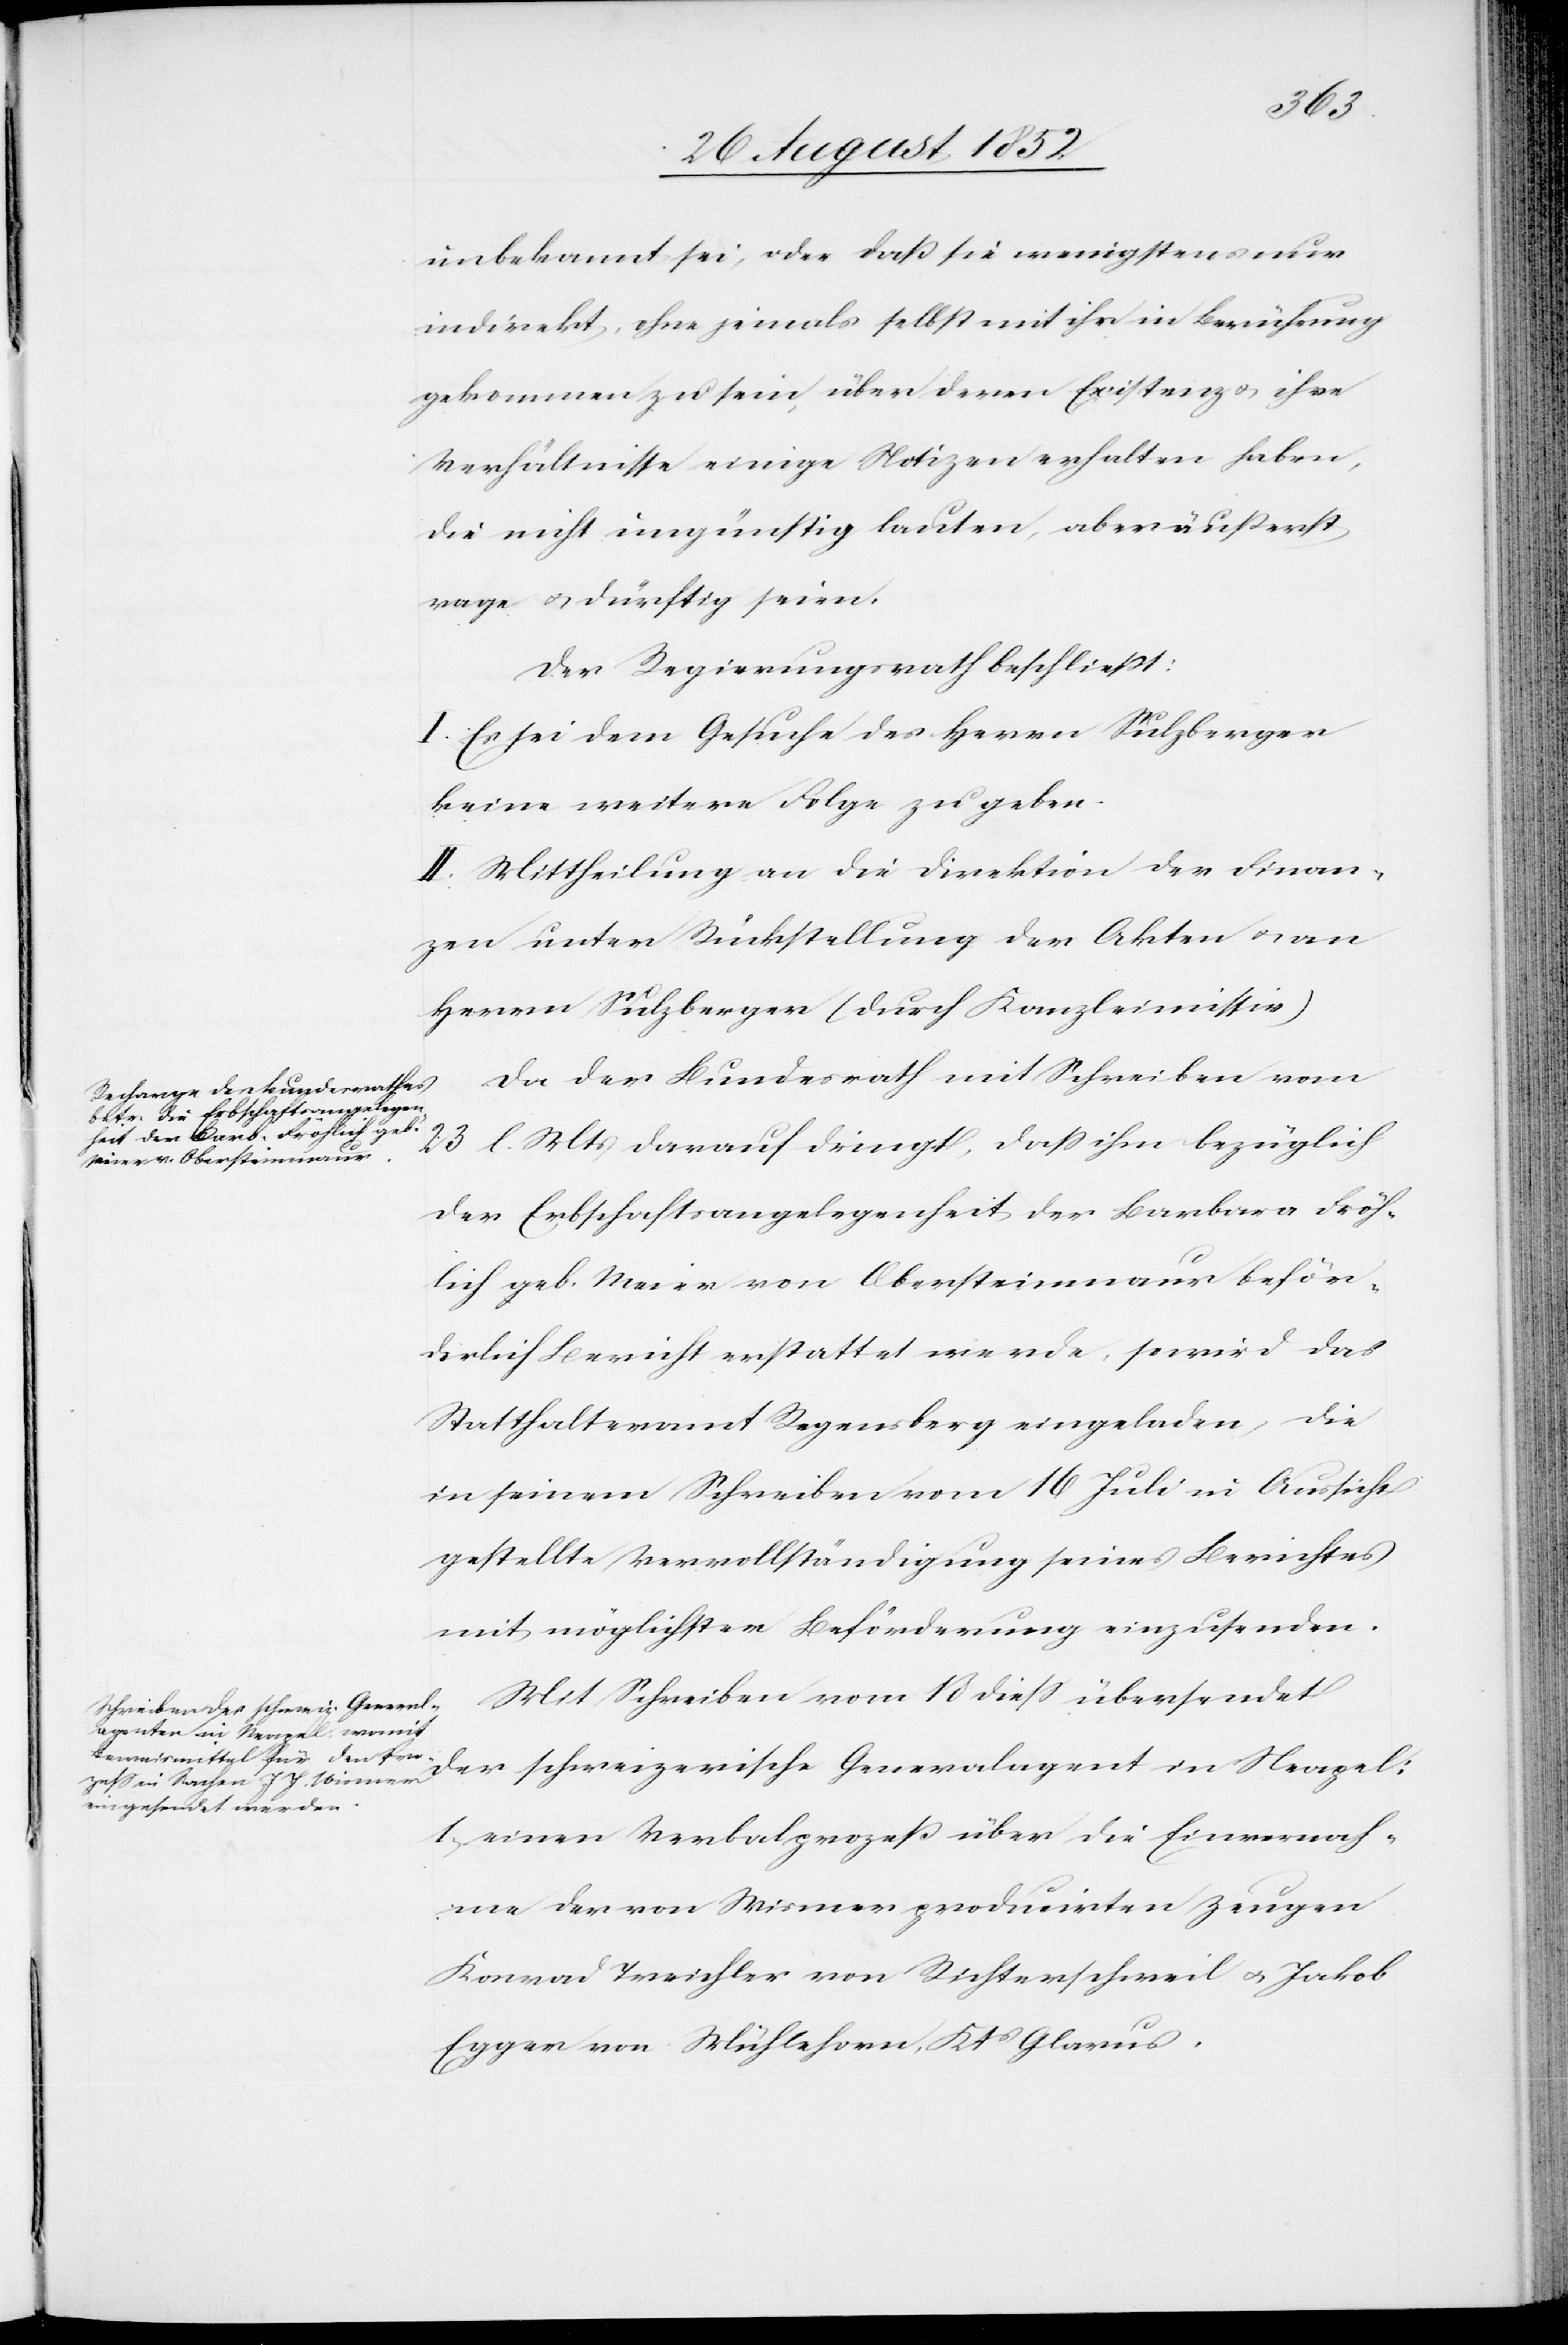
Neapel:
unbekannt sei, oder daß sie wenigstens nur
indirekt, ohne jemals selbst mit ihr in Berührung
gekommen zu sein, über deren Existenz & ihre
Verhältnisse einige Notizen erhalten haben,
die nicht ungünstig lauten, aber äußerst
vage & dürftig seien.
Der Regierungsrath beschließt:
I. Es sei dem Gesuche des Herrn Sulzberger
keine weitere Folge zu geben.
II. Mittheilung an die Direktion der Finan¬
zen unter Rückstellung der Akten & an
Herrn Sulzberger (durch Kanzleimissiv)[.]
Da der Bundesrath mit Schreiben vom
23 l. Mts darauf dringt, dass ihm bezüglich
der Erbschaftsangelegenheit der Barbara Fröh¬
lich geb. Meier von Obersteinmaur beför¬
derlich Bericht erstattet werde, so wird das
Statthalteramt Regensberg eingeladen, die
in seinem Schreiben vom 16 Juli in Aussicht
gestellte Vervollständigung seines Berichtes
mit möglichster Beförderung einzusenden.
Mit Schreiben vom 18 diess übersendet
1, einen Verbalprozeß über die Einvernah¬
me der von Wismer producirten Zeugen
Konrad Treichler von Richterschweil & Jakob
Egger von Mühlehorn, Kts Glarus.